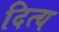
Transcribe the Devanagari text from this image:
दित्य